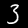
Label: 3